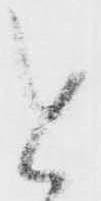
と